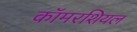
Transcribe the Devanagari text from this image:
कॉमरशियल